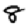
Digit: 8